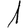
Digit: 1